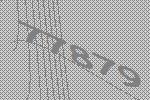
77879